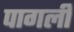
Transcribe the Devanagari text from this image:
पागली